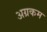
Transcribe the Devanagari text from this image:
अग्रकम